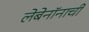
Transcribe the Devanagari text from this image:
लेबेनॉनाची